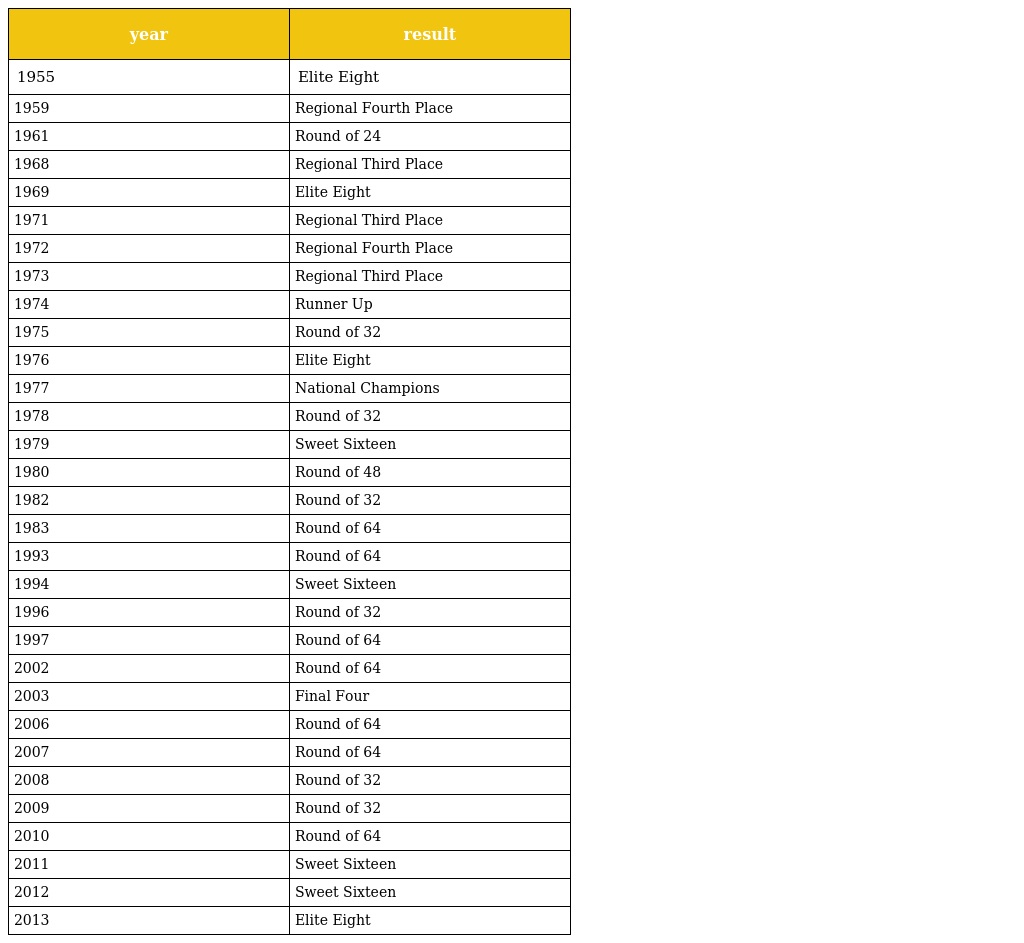
| year | result |
 | --- | --- |
 | 1955 | Elite Eight |
 | 1959 | Regional Fourth Place |
 | 1961 | Round of 24 |
 | 1968 | Regional Third Place |
 | 1969 | Elite Eight |
 | 1971 | Regional Third Place |
 | 1972 | Regional Fourth Place |
 | 1973 | Regional Third Place |
 | 1974 | Runner Up |
 | 1975 | Round of 32 |
 | 1976 | Elite Eight |
 | 1977 | National Champions |
 | 1978 | Round of 32 |
 | 1979 | Sweet Sixteen |
 | 1980 | Round of 48 |
 | 1982 | Round of 32 |
 | 1983 | Round of 64 |
 | 1993 | Round of 64 |
 | 1994 | Sweet Sixteen |
 | 1996 | Round of 32 |
 | 1997 | Round of 64 |
 | 2002 | Round of 64 |
 | 2003 | Final Four |
 | 2006 | Round of 64 |
 | 2007 | Round of 64 |
 | 2008 | Round of 32 |
 | 2009 | Round of 32 |
 | 2010 | Round of 64 |
 | 2011 | Sweet Sixteen |
 | 2012 | Sweet Sixteen |
 | 2013 | Elite Eight |